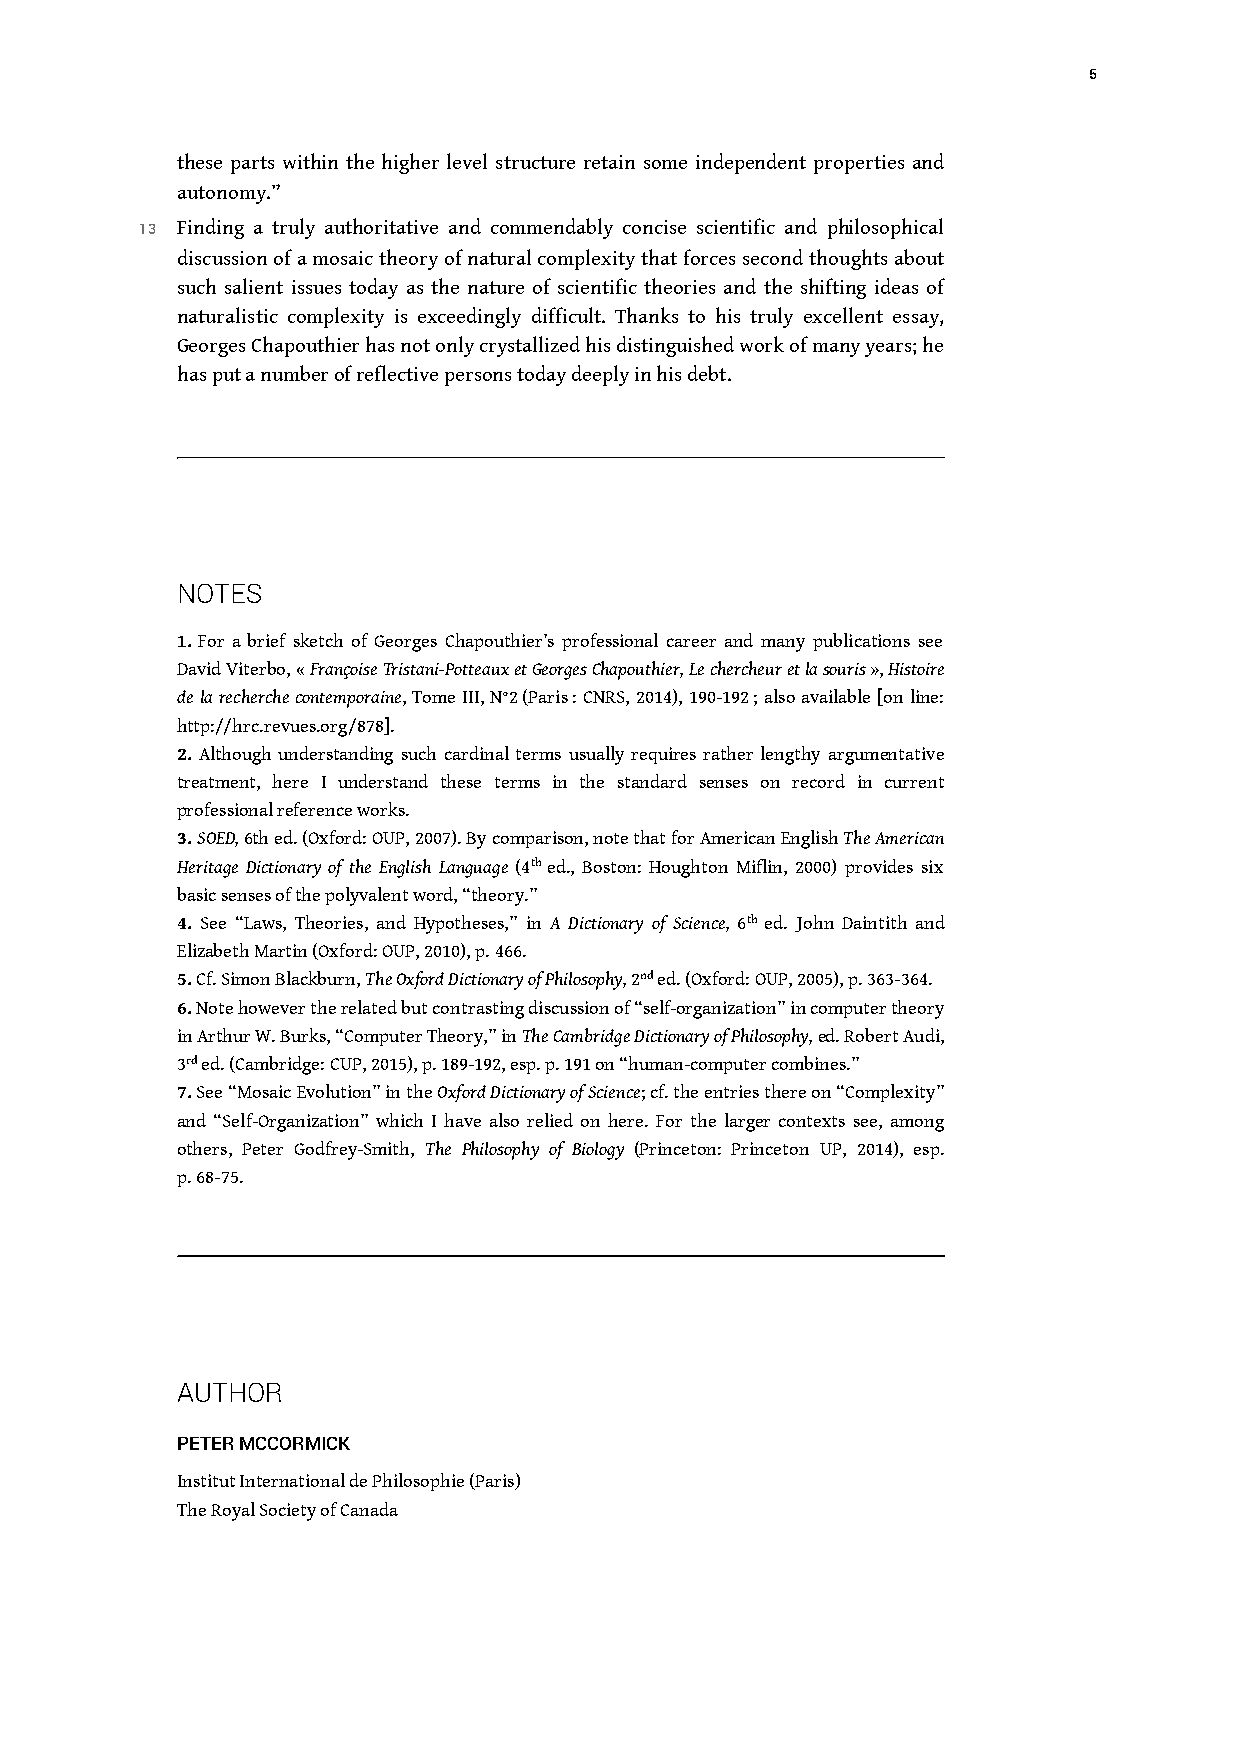
5
 these parts within the higher level structure retain some independent properties and
 autonomy.”
 13 Finding a truly authoritative and commendably concise scientific and philosophical
 discussion of a mosaic theory of natural complexity that forces second thoughtsabout
 such salient issues today as the nature of scientific theories and the shifting ideas of
 naturalistic complexity is exceedingly difficult. Thanks to his truly excellent essay,
 Georges Chapouthier has not only crystallized his distinguished work of many years; he
 has put a number of reflective persons today deeply in his debt.
 NOTES
 1. For a brief sketch of Georges Chapouthier’s professional career and many publications see
 David Viterbo, « Françoise Tristani-Potteaux et Georges Chapouthier, Le chercheur et la souris », Histoire
 de la recherche contemporaine, Tome III, N°2 (Paris : CNRS, 2014), 190-192 ; also available [on line:
 http://hrc.revues.org/878].
 2. Although understanding such cardinal terms usually requires rather lengthy argumentative
 treatment, here I understand these terms in the standard senses on record in current
 professional reference works.
 3. SOED, 6th ed. (Oxford: OUP, 2007). By comparison, note that for American English The American
 Heritage Dictionary of the English Language (4th ed., Boston: Houghton Miflin, 2000) provides six
 basic senses of the polyvalent word, “theory.”
 4. See “Laws, Theories, and Hypotheses,” in A Dictionary of Science, 6th ed. John Daintith and
 Elizabeth Martin (Oxford: OUP, 2010), p. 466.
 5. Cf. Simon Blackburn, The Oxford Dictionary of Philosophy, 2nd ed. (Oxford: OUP, 2005), p. 363-364.
 6. Note however the related but contrasting discussion of “self-organization” in computer theory
 in Arthur W. Burks, “Computer Theory,” in The Cambridge Dictionary of Philosophy, ed. Robert Audi,
 3rd ed. (Cambridge: CUP, 2015), p. 189-192, esp. p. 191 on “human-computer combines.”
 7. See “Mosaic Evolution” in the Oxford Dictionary of Science; cf. the entries there on “Complexity”
 and “Self-Organization” which I have also relied on here. For the larger contexts see, among
 others, Peter Godfrey-Smith, The Philosophy of Biology (Princeton: Princeton UP, 2014), esp.
 p. 68-75.
 AUTHOR
 PETER MCCORMICK
 Institut International de Philosophie (Paris)
 The Royal Society of Canada